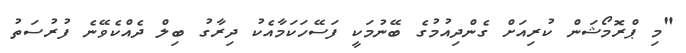
"މި ޕްރޮމޯޝަން ކުރިއަށް ގެންދިއުމުގެ ބޭނުމަކީ ފަސޭހަކަމާއެކު ދިރާގު ބިލް ދެއްކެވޭނެ ފުރުސަތު